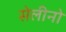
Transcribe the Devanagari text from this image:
सेलीनो